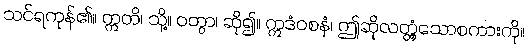
သင်ရကုန်၏။ ဣတိ၊ သို့။ ဝတွာ၊ ဆို၍။ ဣဒံဝစနံ၊ ဤဆိုလတ္တံ့သောစကားကို။